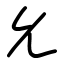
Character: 𠃔